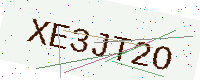
Text: XE3JT2O